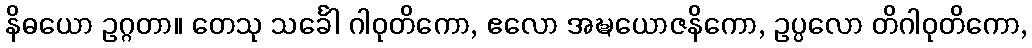
နိဓယော ဥဂ္ဂတာ။ တေသု သင်္ခေါ ဂါဝုတိကော, ဧလော အဍ္ဎယောဇနိကော, ဥပ္ပလော တိဂါဝုတိကော,